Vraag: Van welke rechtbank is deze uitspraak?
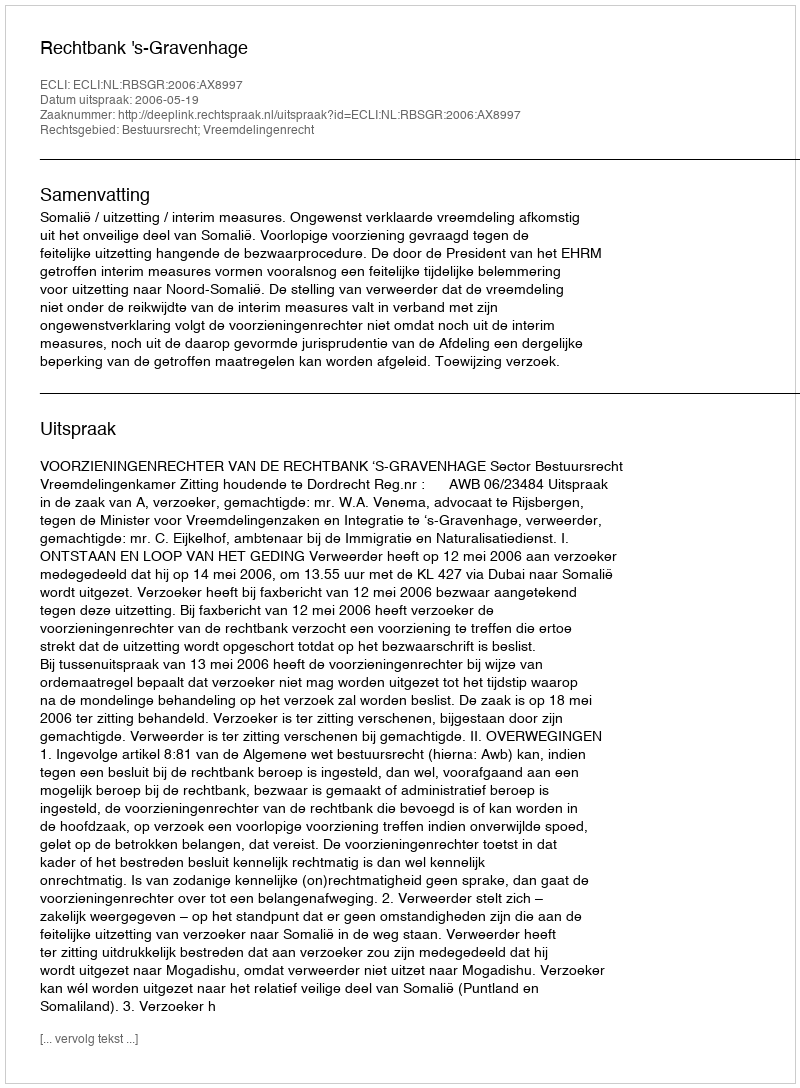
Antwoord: Rechtbank 's-Gravenhage